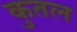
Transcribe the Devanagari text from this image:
कुतल